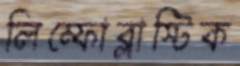
লিম্ফোব্লাস্টিক